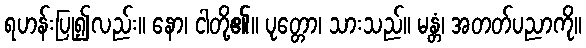
ရဟန်းပြု၍လည်း။ နော၊ ငါတို့၏။ ပုတ္တော၊ သားသည်။ မန္တံ၊ အတတ်ပညာကို။